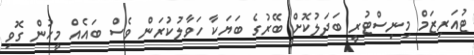
ޓުއަރިޒަމް މިނިސްޓުރީ ބަދަލުކޮށް ބޭރުގެ ބަޔަކާ ހަވާލުކުރަން ވެސް ބައެއް މީހުން ގޮވި